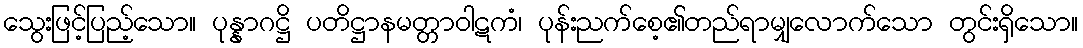
သွေးဖြင့်ပြည့်သော။ ပုန္နာဂဋ္ဌိ ပတိဋ္ဌာနမတ္တာဝါဋကံ၊ ပုန်းညက်စေ့၏တည်ရာမျှလောက်သော တွင်းရှိသော။